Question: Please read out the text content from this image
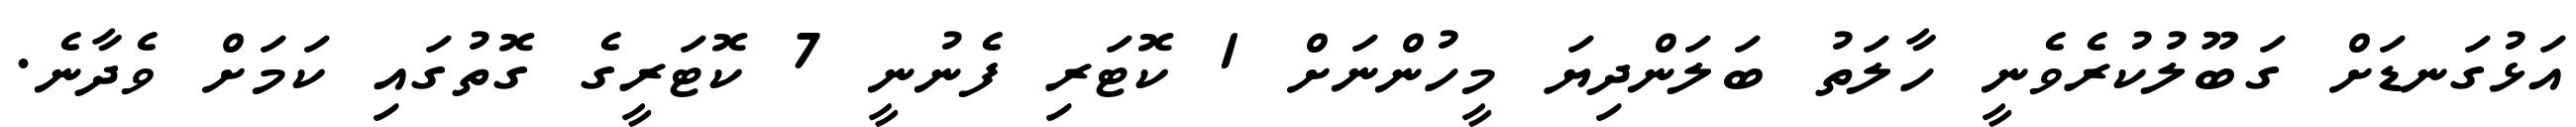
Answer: އަޅުގަނޑަށް ގަބޫލުކުރެވެނީ ހާލަތު ބަލަންދިޔަ މީހުންނަށް 1 ކޮޓަރި ފެނުނީ 7 ކޮޓަރީގެ ގޮތުގައި ކަމަށް ވެދާނެ.